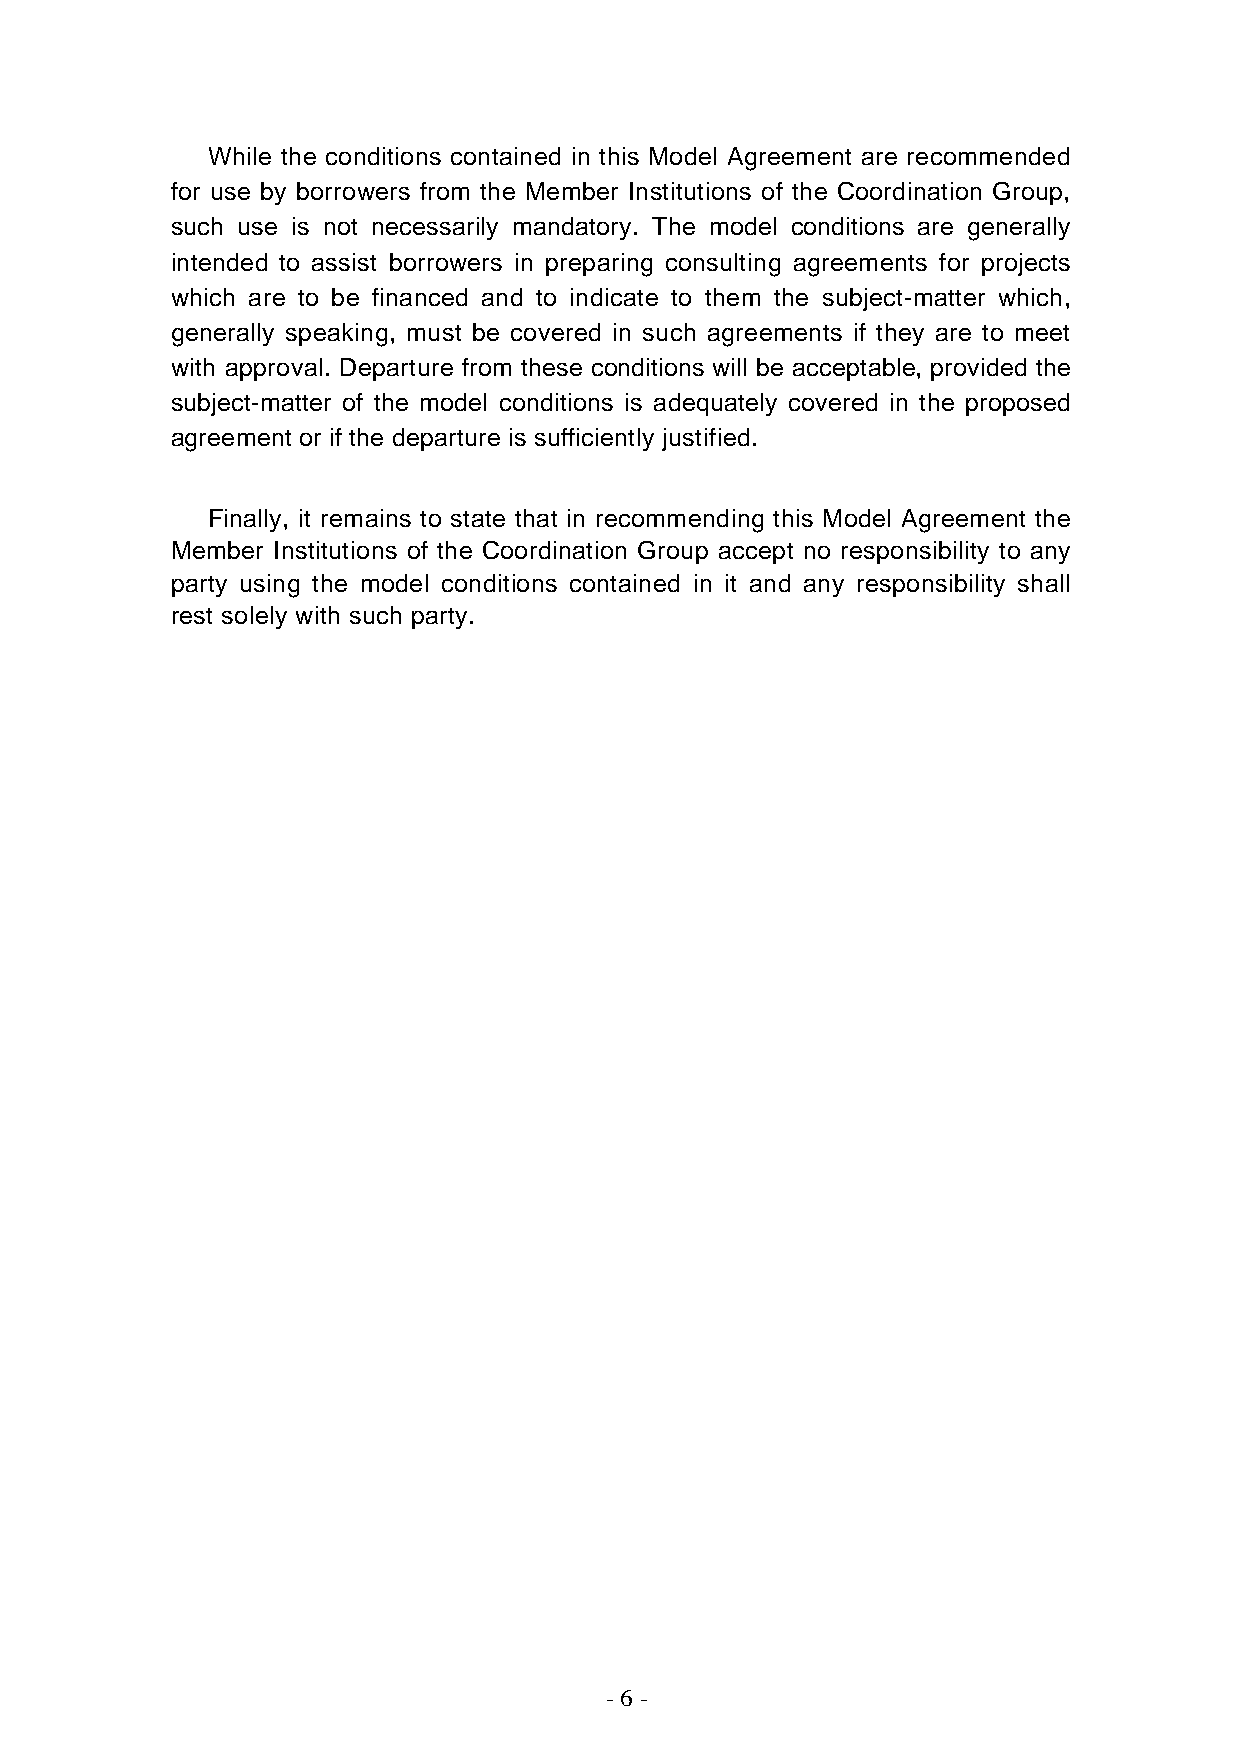
While the conditions contained in this Model Agreement are recommended
 for use by borrowers from the Member Institutions of the Coordination Group,
 such use is not necessarily mandatory. The model conditions are generally
 intended to assist borrowers in preparing consulting agreements for projects
 which are to be financed and to indicate to them the subject-matter which,
 generally speaking, must be covered in such agreements if they are to meet
 with approval. Departure from these conditions will be acceptable, provided the
 subject-matter of the model conditions is adequately covered in the proposed
 agreement or if the departure is sufficiently justified.
 Finally, it remains to state that in recommending this Model Agreement the
 Member Institutions of the Coordination Group accept no responsibility to any
 party using the model conditions contained in it and any responsibility shall
 rest solely with such party.
 - 6 -